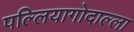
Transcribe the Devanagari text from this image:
पल्लियागोदाल्ला